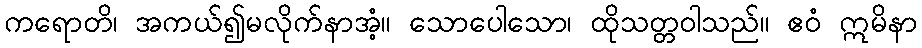
ကရောတိ၊ အကယ်၍မလိုက်နာအံ့။ သောပေါသော၊ ထိုသတ္တဝါသည်။ ဧဝံ ဣမိနာ